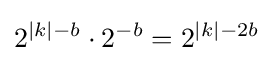
2^{|k|-b}\cdot 2^{-b}=2^{|k|-2b}